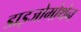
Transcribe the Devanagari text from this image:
डाइजोमोथेन